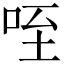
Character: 咥